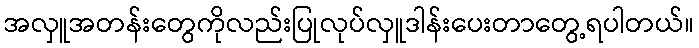
အလှူအတန်းတွေကိုလည်းပြုလုပ်လှူဒါန်းပေးတာတွေ့ရပါတယ်။